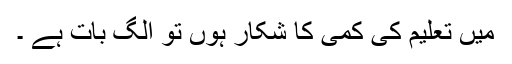
میں تعلیم کی کمی کا شکار ہوں تو الگ بات ہے ۔